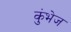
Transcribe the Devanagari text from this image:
कुंभेज